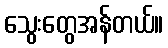
သွေးတွေအန်တယ်။